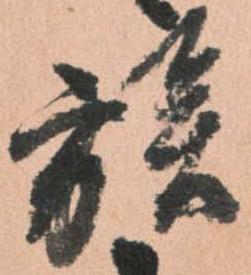
族